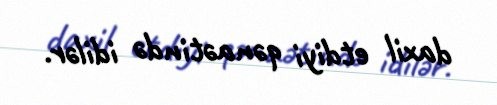
daxil etdiyi qənaətində idilər.